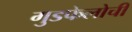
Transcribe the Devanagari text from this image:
गुडफेलोची